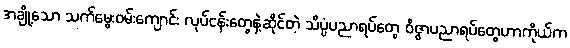
အချို့သော သက်မွေးဝမ်းကျောင်း လုပ်ငန်းတွေနဲ့ဆိုင်တဲ့ သိပ္ပံပညာရပ်တွေ ဝိဇ္ဇာပညာရပ်တွေဟာကိုယ်က